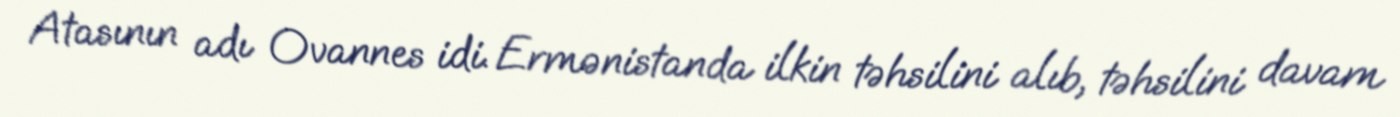
Atasının adı Ovannes idi. Ermənistanda ilkin təhsilini alıb, təhsilini davam